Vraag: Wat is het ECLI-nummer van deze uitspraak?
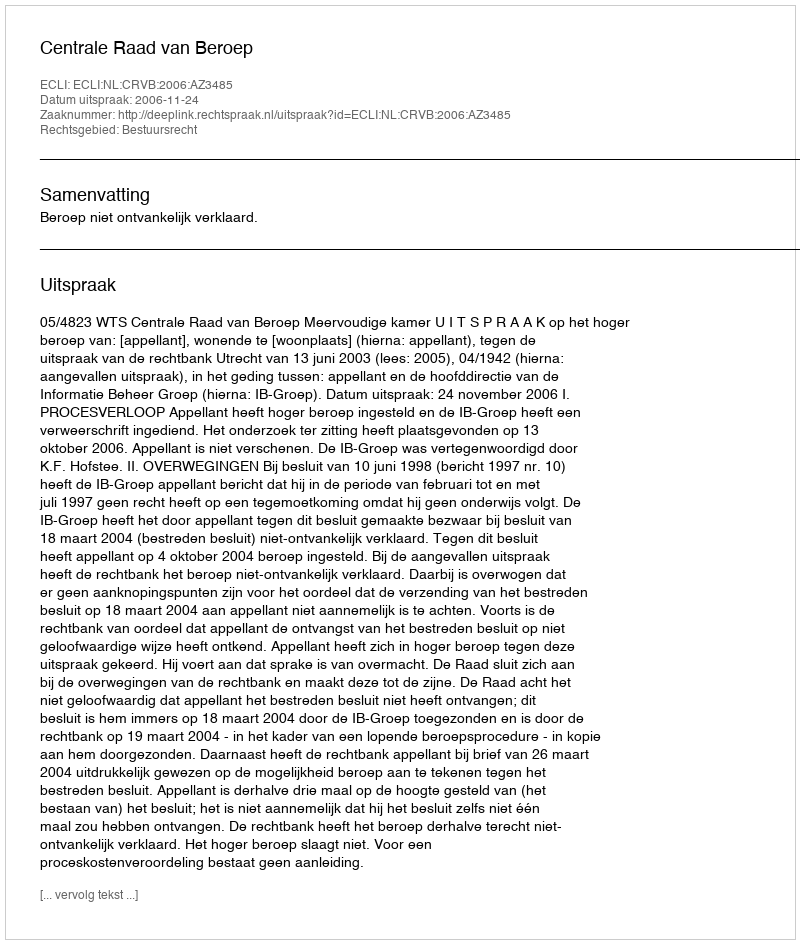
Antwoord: ECLI:NL:CRVB:2006:AZ3485